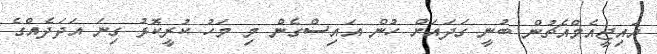
އައިޖީއެމްއެޗުން ބުނީ ގަދައަށް ހުން އައިސްގެން މި މަހު ކުރީކޮޅު ގިނަ އަދަދެއްގެ